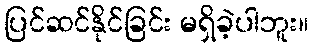
ပြင်ဆင်နိုင်ခြင်း မရှိခဲ့ပါဘူး။